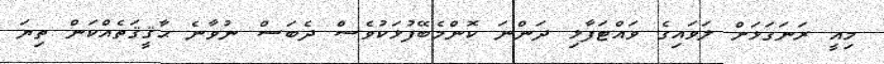
މިއީ ރަނަގަޅަށް ލަވައިގެ ވައްޓަފާޅި ދަންނަ ކޮންމެބޭފުޅަކުވެސް ދެބަސް ނުވާނެ ޙާޤީޤަތެއްކަން ތިޔަ